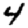
Digit: 4